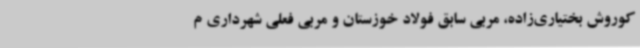
کوروش بختیاری‌زاده، مربی سابق فولاد خوزستان و مربی فعلی شهرداری م